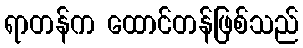
ရာတန်က ထောင်တန်ဖြစ်သည်